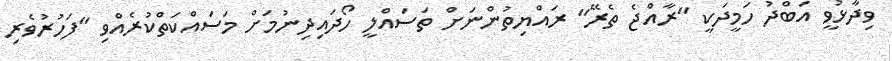
ވިދާޅުވީ އަބްދު ހަމީދަކީ "ރާއްޖެ ތެރޭ" ރައްޔިތުންނަށް ތަސައްލީ ހޯދައިދިނުމަށް މަސައްކަތްކުރެއްވި "ފަހުރުވެރި